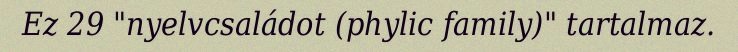
Ez 29 "nyelvcsaládot (phylic family)" tartalmaz.